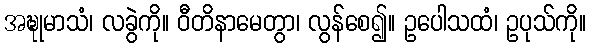
အဍ္ဎုမာသံ၊ လခွဲကို။ ဝီတိနာမေတွာ၊ လွန်စေ၍။ ဥပေါသထံ၊ ဥပုသ်ကို။